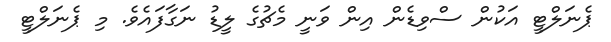
ޕެނަލްޓީ އަކުން ސްވިޑެން އިން ވަނީ މެޗުގެ ލީޑު ނަގާފައެވެ. މި ޕެނަލްޓީ